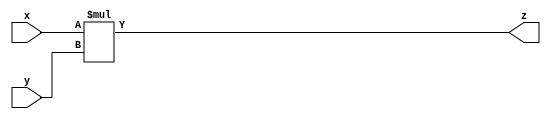
module sbit16_designware(input signed [15:0] x,y, output signed [31:0] z
    );

	assign z = x*y;

endmodule